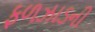
ફળઝાડની